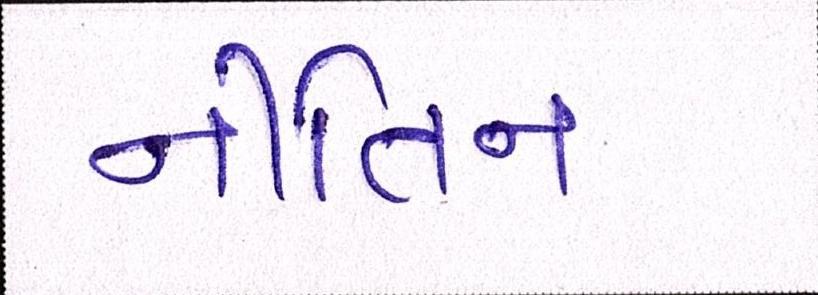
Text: નીતિન